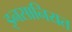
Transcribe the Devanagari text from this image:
इनसानियत